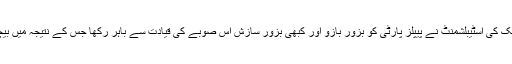
پنجاب پاکستان کا فیصلہ کن صوبہ ہے اور عرصہ دراز سے اس ملک کی اسٹیبلشمنٹ نے پیپلز پارٹی کو بزور بازو اور کبھی بزور سازش اس صوبے کی قیادت سے باہر رکھا جس کے نتیجہ میں بیچاری پارٹی پنجاب میں پگھلتے پگھلتے نہ ہونے کے برابر رہ گئی۔